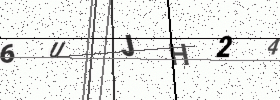
Text: 6UJH24